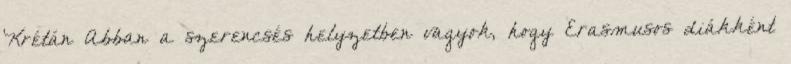
Krétán Abban a szerencsés helyzetben vagyok, hogy Erasmusos diákként